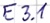
Text: E3.1